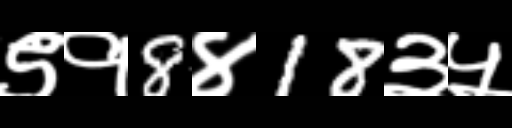
Text: ९१8४18३५